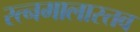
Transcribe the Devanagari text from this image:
रत्नमालास्तव